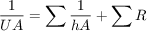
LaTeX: { \frac { 1 } { U A } } = \sum { \frac { 1 } { h A } } + \sum R